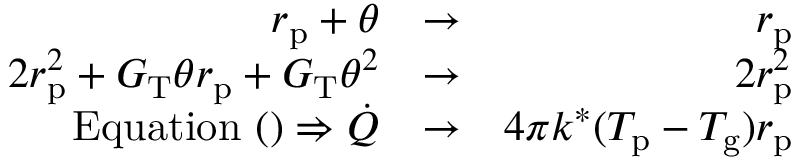
\begin{array} { r l r } { r _ { \mathrm { p } } + \theta } & { \rightarrow } & { r _ { \mathrm { p } } } \\ { 2 r _ { \mathrm { p } } ^ { 2 } + G _ { \mathrm { T } } \theta r _ { \mathrm { p } } + G _ { \mathrm { T } } \theta ^ { 2 } } & { \rightarrow } & { 2 r _ { \mathrm { p } } ^ { 2 } } \\ { \mathrm { E q u a t i o n } ~ ( ) \Rightarrow \dot { Q } } & { \rightarrow } & { 4 \pi k ^ { * } ( T _ { \mathrm { p } } - T _ { \mathrm { g } } ) r _ { \mathrm { p } } } \end{array}